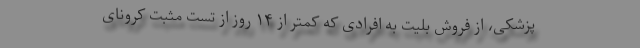
پزشکی، از فروش بلیت به افرادی که کمتر از ۱۴ روز از تست مثبت کرونای